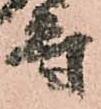
守